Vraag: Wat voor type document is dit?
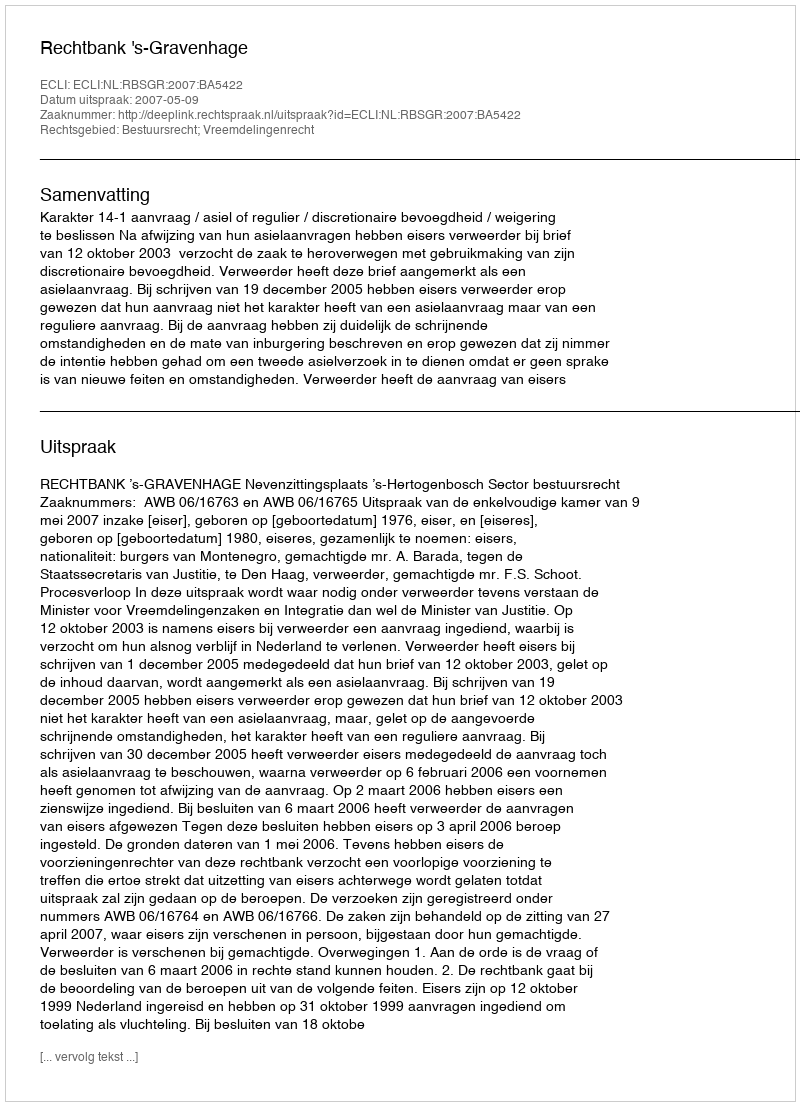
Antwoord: Uitspraak